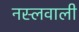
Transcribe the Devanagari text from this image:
नस्लवाली